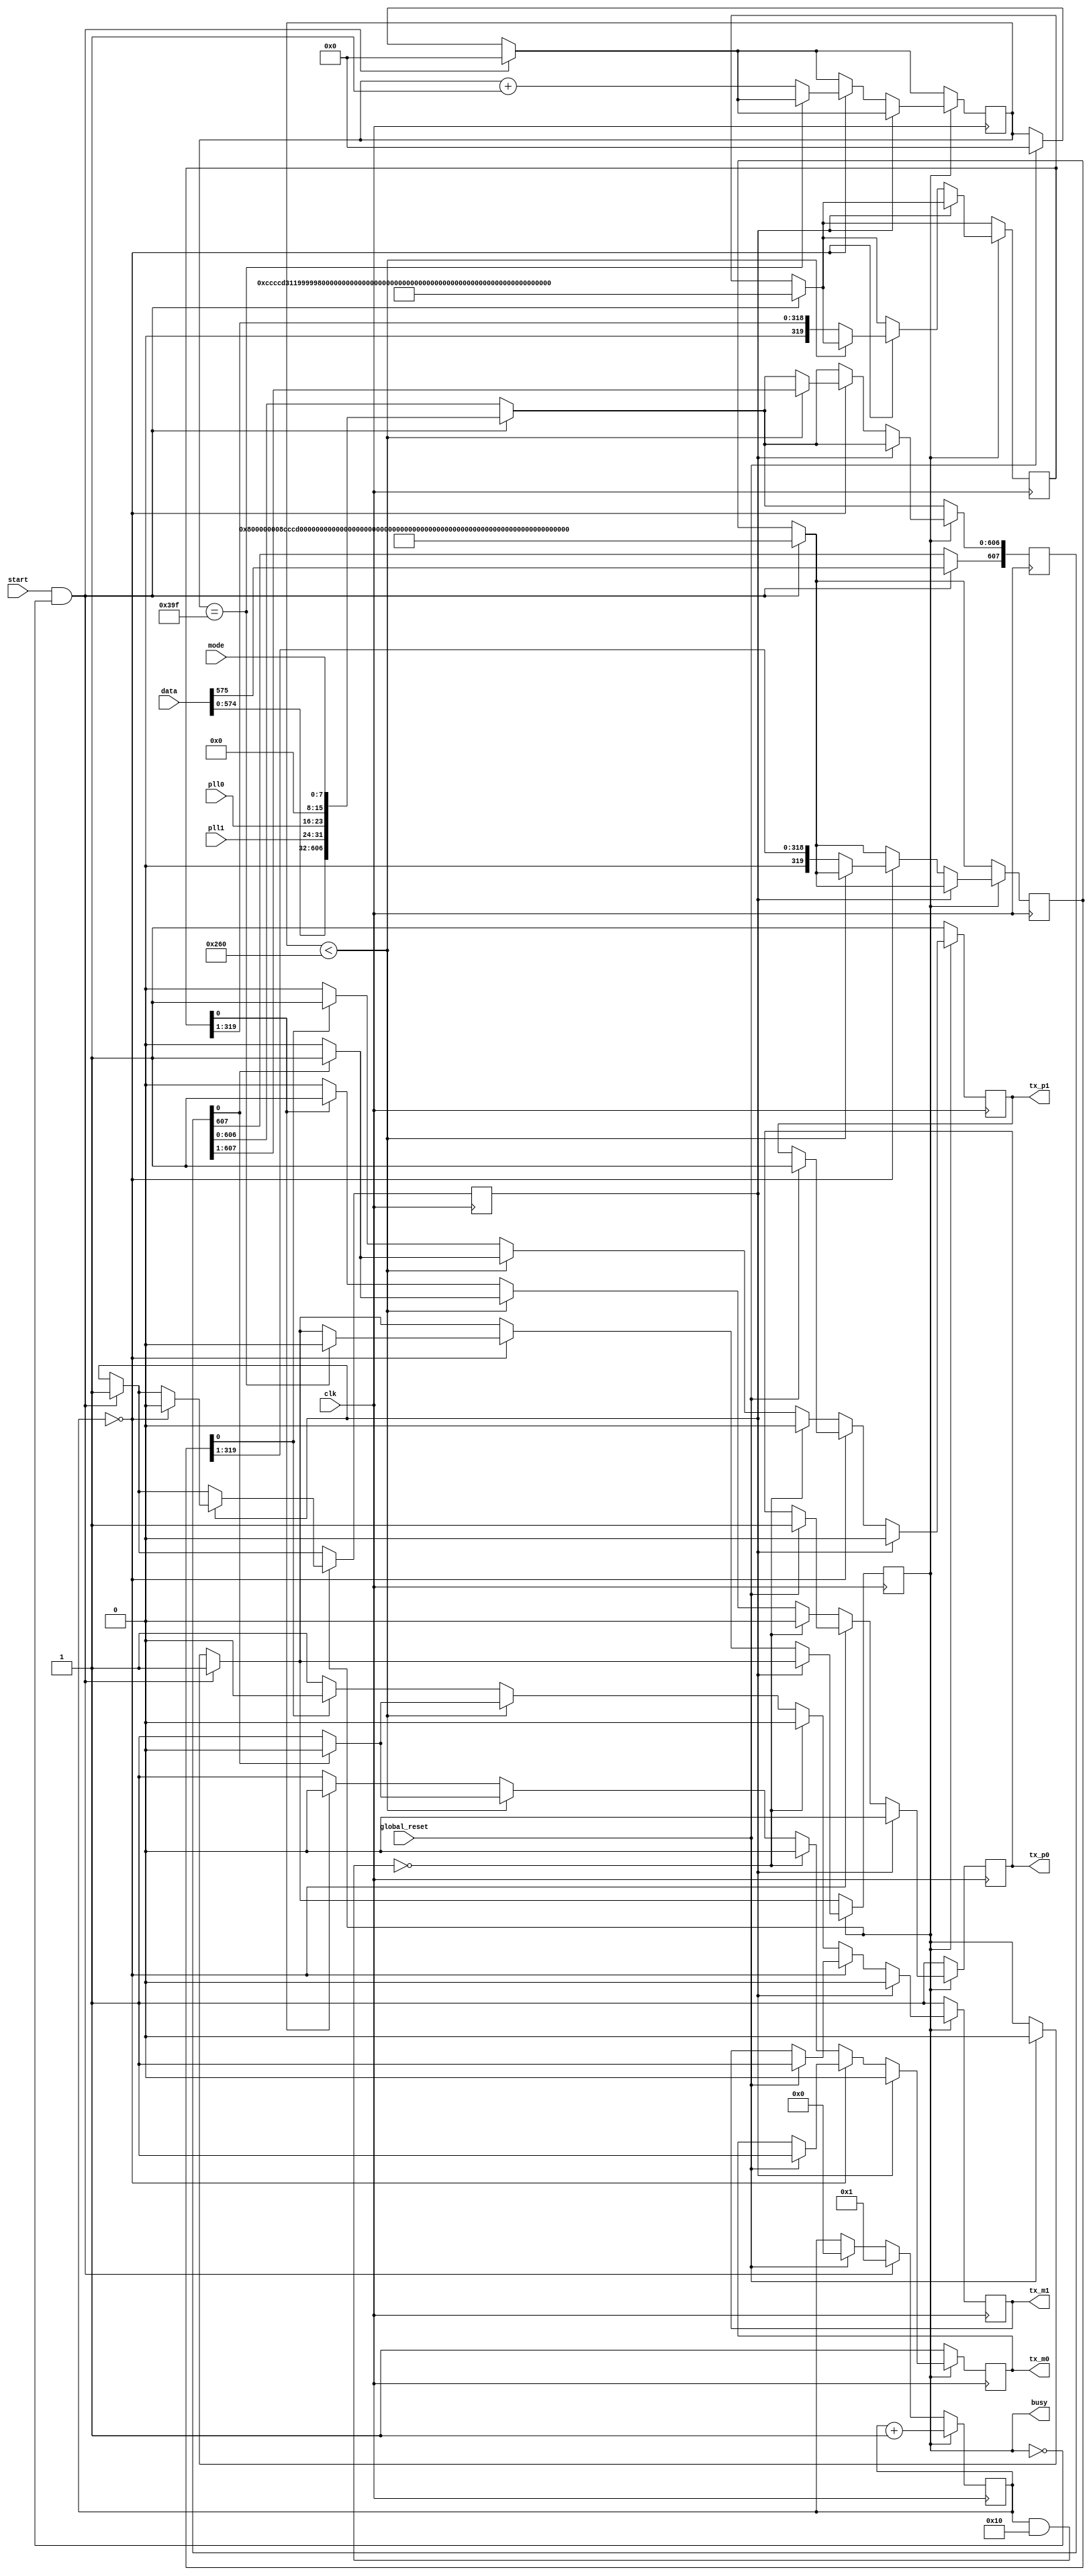

module ava_tx(
	input clk,
	input start,
	input global_reset,
	input [575:0] data,
	input [7:0] pll0,
	input [7:0] pll1,
	input [7:0] mode,
	output reg busy,
	output reg tx_p0,
	output reg tx_m0,
	output reg tx_p1,
	output reg tx_m1
    );

//parameter ClkFrequency = 32000000; // 32MHz
//parameter Baud = 500000;

/*	parameter N0 = 32'h0;
	parameter N1 = 32'h19999999;
	parameter N2 = 32'h33333332;
	parameter N3 = 32'h4ccccccb;
	parameter N4 = 32'h66666664;
	parameter N5 = 32'h7ffffffd;
	parameter N6 = 32'h99999996;
	parameter N7 = 32'hb333332f;
	parameter N8 = 32'hccccccc8;
	parameter N9 = 32'he6666661; */
	
	/*parameter N9 = 32'h0;
	parameter N8 = 32'h19999999;
	parameter N7 = 32'h33333332;
	parameter N6 = 32'h4ccccccb;
	parameter N5 = 32'h66666664;
	parameter N4 = 32'h7ffffffd;
	parameter N3 = 32'h99999996;
	parameter N2 = 32'hb333332f;
	parameter N1 = 32'hccccccc8;
	parameter N0 = 32'he6666661; 

	parameter N19 = 32'h0;
	parameter N18 = 32'h19999999;
	parameter N17 = 32'h33333332;
	parameter N16 = 32'h4ccccccb;
	parameter N15 = 32'h66666664;
	parameter N14 = 32'h7ffffffd;
	parameter N13 = 32'h99999996;
	parameter N12 = 32'hb333332f;
	parameter N11 = 32'hccccccc8;
	parameter N10 = 32'he6666661; */

	

	parameter N9 = 32'd0;
	parameter N8 = 32'd214748465;
	parameter N7 = 32'd429496729;
	parameter N6 = 32'd644245094;
	parameter N5 = 32'd858993459;
	parameter N4 = 32'd1073741824;
	parameter N3 = 32'd1288490188;
	parameter N2 = 32'd1503238553;
	parameter N1 = 32'd1717986918;
	parameter N0 = 32'd1932735283;

	parameter N19 = 32'd2147483648;
	parameter N18 = 32'd2362232012;
	parameter N17 = 32'd2576980377;
	parameter N16 = 32'd2791728742;
	parameter N15 = 32'd3006477107;
	parameter N14 = 32'd3221225472;
	parameter N13 = 32'd3435973836;
	parameter N12 = 32'd3650722201;
	parameter N11 = 32'd3865470566;
	parameter N10 = 32'd4080218931;




/*	parameter N0 = 32'd0;
	parameter N1 = 32'd0500000000;
	parameter N2 = 32'd1000000000;
	parameter N3 = 32'd1500000000;
	parameter N4 = 32'd2000000000;
	parameter N5 = 32'd2500000000;
	parameter N6 = 32'd3000000000;
	parameter N7 = 32'd3500000000;
	parameter N8 = 32'd4000000000;
	parameter N9 = 32'd0000000000;
	parameter N10 = 32'd2000000000;
	parameter N11 = 32'd3000000000;
	parameter N12 = 32'd0000000000;
	parameter N13 = 32'd1000000000;
	parameter N14 = 32'd2000000000;
	parameter N15 = 32'd3000000000;
	parameter N16 = 32'd0;
	parameter N17 = 32'd1000000000;
	parameter N18 = 32'd2000000000;
	parameter N19 = 32'd3000000000;
*/	
	reg[607:0] tx_data;
	reg[319:0] tx_nonce0;
	reg[319:0] tx_nonce1;
	
	reg [4:0] baud_cnt;
	reg [9:0] bit_cnt;
	reg reset_cycle;

	always @(posedge clk)
	begin
		
		if(global_reset)
		begin
			tx_p0 <= 1;
			tx_m0 <= 1;
			tx_p1 <= 1;
			tx_m1 <= 1;
			baud_cnt <= 0;
			bit_cnt <= 0;
			busy <= 0;
		end
		
		if(start && !busy)
		begin
			tx_data[607:0] <=  { data[575:0] , pll1[7:0], pll0[7:0], 8'd0, mode[7:0] };
			tx_nonce0[319:0] <= { N9, N8, N7, N6, N5, N4, N3, N2, N1, N0 };
			tx_nonce1[319:0] <= { N19, N18, N17, N16, N15, N14, N13, N12, N11, N10 };
			busy <= 1;
			bit_cnt <= 10'd0;
			reset_cycle <= 1;
			baud_cnt <= 5'd1;
		end
	
		if(busy)
		begin
			baud_cnt <= baud_cnt + 7'd1;
			if(reset_cycle)
			begin
				tx_p0 <= 1'b0;
				tx_m0 <= 1'b0;
				tx_p1 <= 1'b0;
				tx_m1 <= 1'b0;
				if(baud_cnt == 5'b0)
					reset_cycle <= 0;
			end
			else
			begin
				if(baud_cnt == 5'd0)
				begin
					if(bit_cnt == 10'd927)
							busy <= 0;
					else
						bit_cnt <= bit_cnt + 8'd1;
						if(bit_cnt < 10'd608)
						begin
							tx_data[606:0] <= tx_data[607:1]; // shift right data register
						end
						else
						begin
							tx_nonce0 <= (tx_nonce0 >> 1);
							tx_nonce1 <= (tx_nonce1 >> 1);
						end
				end
				else
					begin
					if(!(baud_cnt[4:0] & 5'b10000)) // passive half
					begin
						tx_p0 <= 1'b0;
						tx_m0 <= 1'b0;
						tx_p1 <= 1'b0;
						tx_m1 <= 1'b0;
					end
					else // active half
					begin
						if(bit_cnt < 10'd608)
						begin
							if(tx_data[0])
							begin
								tx_p0 <= 1'b1;
								tx_m0 <= 1'b0;
								tx_p1 <= 1'b1;
								tx_m1 <= 1'b0;
							end
							else
							begin
								tx_p0 <= 1'b0;
								tx_m0 <= 1'b1;
								tx_p1 <= 1'b0;
								tx_m1 <= 1'b1;
							end
						end
						else
						begin
							if(tx_nonce0[0])
							begin
								tx_p0 <= 1'b1;
								tx_m0 <= 1'b0;
							end
							else
							begin
								tx_p0 <= 1'b0;
								tx_m0 <= 1'b1;
							end
							if(tx_nonce1[0])
							begin
								tx_p1 <= 1'b1;
								tx_m1 <= 1'b0;
							end
							else
							begin
								tx_p1 <= 1'b0;
								tx_m1 <= 1'b1;
							end
						end
					end
					end
			end
		end
		else
		begin
			tx_p0 <= 1'b1;
			tx_m0 <= 1'b1;
			tx_p1 <= 1'b1;
			tx_m1 <= 1'b1;
		end
	end

endmodule